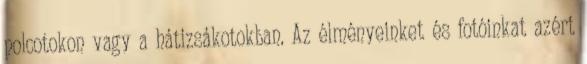
polcotokon vagy a hátizsákotokban. Az élményeinket és fotóinkat azért